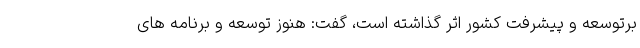
برتوسعه و پیشرفت کشور اثر گذاشته است، گفت: هنوز توسعه و برنامه های